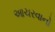
આચરવાનો